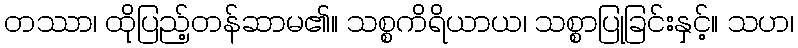
တဿာ၊ ထိုပြည့်တန်ဆာမ၏။ သစ္စကိရိယာယ၊ သစ္စာပြုခြင်းနှင့်။ သဟ၊